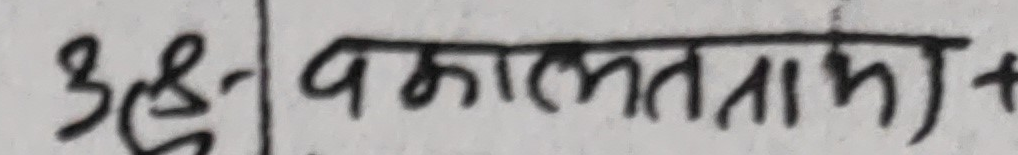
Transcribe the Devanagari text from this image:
38- वकालतनामा +